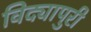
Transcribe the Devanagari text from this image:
विद्यापुरी